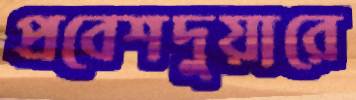
প্রবেশদুয়ারে